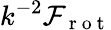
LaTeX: k^{-2}\mathcal{F}_{\mathrm{~r~o~t~}}